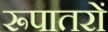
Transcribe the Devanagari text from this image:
रूपातरों